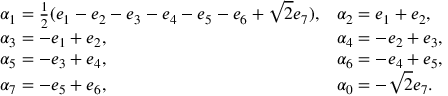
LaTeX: \begin{array} { l l } { { \alpha _ { 1 } = { \frac { 1 } { 2 } } ( e _ { 1 } - e _ { 2 } - e _ { 3 } - e _ { 4 } - e _ { 5 } - e _ { 6 } + \sqrt 2 e _ { 7 } ) , } } & { { \alpha _ { 2 } = e _ { 1 } + e _ { 2 } , } } \\ { { \alpha _ { 3 } = - e _ { 1 } + e _ { 2 } , } } & { { \alpha _ { 4 } = - e _ { 2 } + e _ { 3 } , } } \\ { { \alpha _ { 5 } = - e _ { 3 } + e _ { 4 } , } } & { { \alpha _ { 6 } = - e _ { 4 } + e _ { 5 } , } } \\ { { \alpha _ { 7 } = - e _ { 5 } + e _ { 6 } , } } & { { \alpha _ { 0 } = - \sqrt { 2 } e _ { 7 } . } } \end{array}